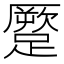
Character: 蹷